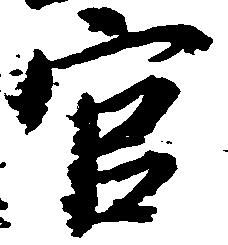
官